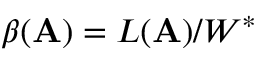
\beta ( \mathbf { A } ) = L ( \mathbf { A } ) / W ^ { * }